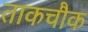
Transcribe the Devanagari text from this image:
ताकचौक